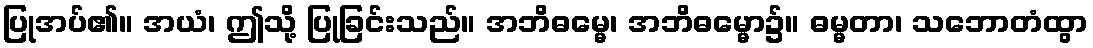
ပြုအပ်၏။ အယံ၊ ဤသို့ ပြုခြင်းသည်။ အဘိဓမ္မေ၊ အဘိဓမ္မော၌။ ဓမ္မတာ၊ သဘောတံထွာ